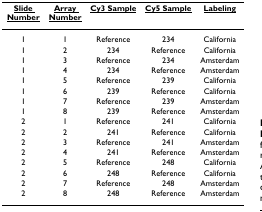
<table><thead><tr><td><b><underline>Slide Number</underline></b></td><td><b><underline>Array Number</underline></b></td><td><b><underline>Cy3 Sample</underline></b></td><td><b><underline>Cy5 Sample</underline></b></td><td><b><underline>Labeling</underline></b></td></tr></thead><tbody><tr><td>1</td><td>1</td><td>Reference</td><td>234</td><td>California</td></tr><tr><td>1</td><td>2</td><td>234</td><td>Reference</td><td>California</td></tr><tr><td>1</td><td>3</td><td>Reference</td><td>234</td><td>Amsterdam</td></tr><tr><td>1</td><td>4</td><td>234</td><td>Reference</td><td>Amsterdam</td></tr><tr><td>1</td><td>5</td><td>Reference</td><td>239</td><td>California</td></tr><tr><td>1</td><td>6</td><td>239</td><td>Reference</td><td>California</td></tr><tr><td>1</td><td>7</td><td>Reference</td><td>239</td><td>Amsterdam</td></tr><tr><td>1</td><td>8</td><td>239</td><td>Reference</td><td>Amsterdam</td></tr><tr><td>2</td><td>1</td><td>Reference</td><td>241</td><td>California</td></tr><tr><td>2</td><td>2</td><td>241</td><td>Reference</td><td>California</td></tr><tr><td>2</td><td>3</td><td>Reference</td><td>241</td><td>Amsterdam</td></tr><tr><td>2</td><td>4</td><td>241</td><td>Reference</td><td>Amsterdam</td></tr><tr><td>2</td><td>5</td><td>Reference</td><td>248</td><td>California</td></tr><tr><td>2</td><td>6</td><td>248</td><td>Reference</td><td>California</td></tr><tr><td>2</td><td>7</td><td>Reference</td><td>248</td><td>Amsterdam</td></tr><tr><td>2</td><td>8</td><td>248</td><td>Reference</td><td>Amsterdam</td></tr></tbody></table>